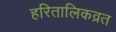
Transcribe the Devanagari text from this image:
हरितालिकव्रत